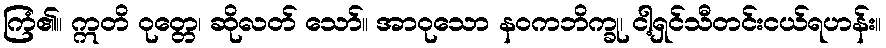
ကြံ၏။ ဣတိ ဝုတ္တေ၊ ဆိုလတ် သော်။ အာဝုသော နဝကဘိက္ခု၊ ငါ့ရှင်သီတင်းငယ်ရဟန်း။